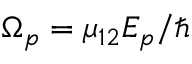
{ \Omega _ { p } } = { \mu _ { 1 2 } } { E _ { p } } / \hbar